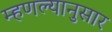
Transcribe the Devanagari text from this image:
म्हणल्यानुसार